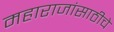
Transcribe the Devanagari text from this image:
महाराजांसाठीचे